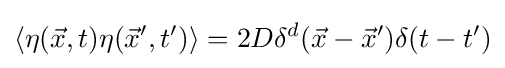
\langle \eta ({\vec {x}},t)\eta ({\vec {x}}',t')\rangle =2D\delta ^{d}({\vec {x}}-{\vec {x}}')\delta (t-t')